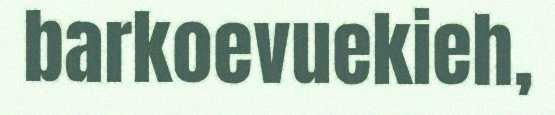
barkoevuekieh,